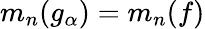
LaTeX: m_{n}(g_{\alpha})=m_{n}(f)